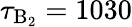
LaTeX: \tau_{\textrm{B}_{2}}=1030